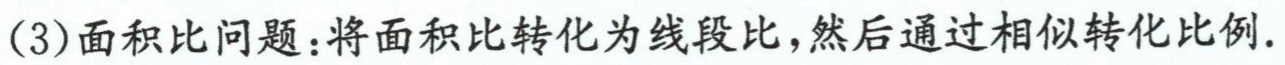
(3)面积比问题：将面积比转化为线段比，然后通过相似转化比例.